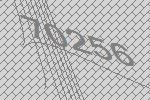
70256